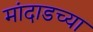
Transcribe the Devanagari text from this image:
मांदाडच्या